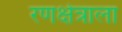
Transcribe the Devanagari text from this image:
रणक्षेत्राला